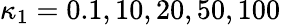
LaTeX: \kappa_{1}=0.1,10,20,50,100